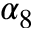
\alpha _ { 8 }